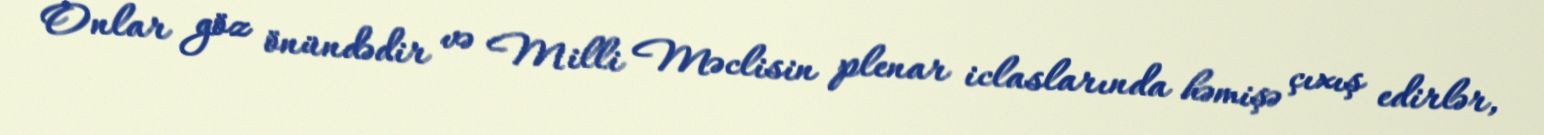
Onlar göz önündədir və Milli Məclisin plenar iclaslarında həmişə çıxış edirlər,